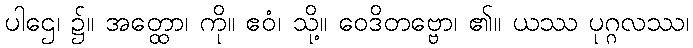
ပါဌေ၊ ၌။ အတ္ထော၊ ကို။ ဧဝံ၊ သို့။ ဝေဒိတဗ္ဗော၊ ၏။ ယဿ ပုဂ္ဂလဿ၊